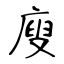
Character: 廋